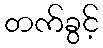
တက်ခွင့်